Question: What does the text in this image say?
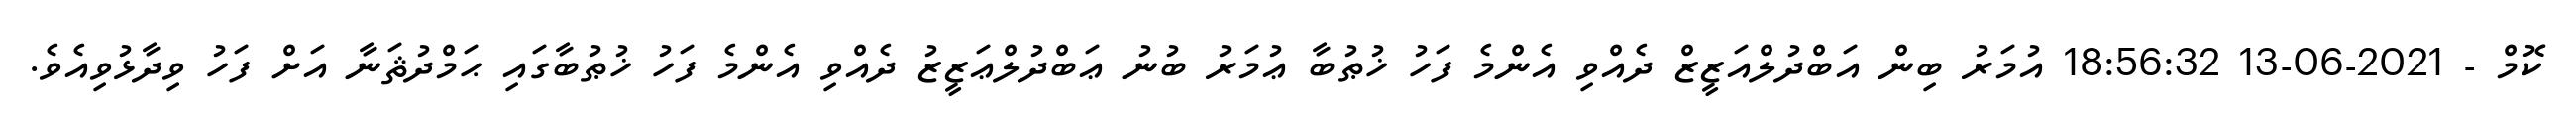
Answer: ކޮމް - 2021-06-13 18:56:32 އުމަރު ބިން އަބްދުލްއަޒީޒް ދެއްވި އެންމެ ފަހު ޚުޠުބާ ޢުމަރު ބުނު ޢަބްދުލްޢަޒީޒު ދެއްވި އެންމެ ފަހު ޚުޠުބާގައި ޙަމްދުޘަނާ އަށް ފަހު ވިދާޅުވިއެވެ.